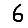
Digit: 6